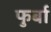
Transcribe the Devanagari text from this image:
फुर्बा